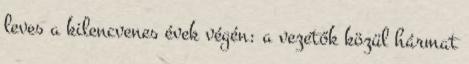
leves a kilencvenes évek végén: a vezetők közül hármat